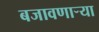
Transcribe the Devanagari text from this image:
बजावणार्‍या